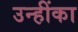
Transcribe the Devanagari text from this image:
उन्हींका